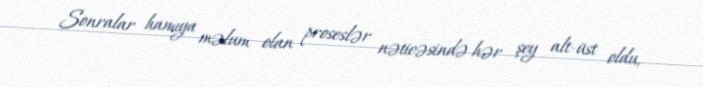
Sonralar hamıya məlum olan proseslər nəticəsində hər şey alt-üst oldu,